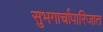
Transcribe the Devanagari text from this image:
सुभगार्चापारिजात